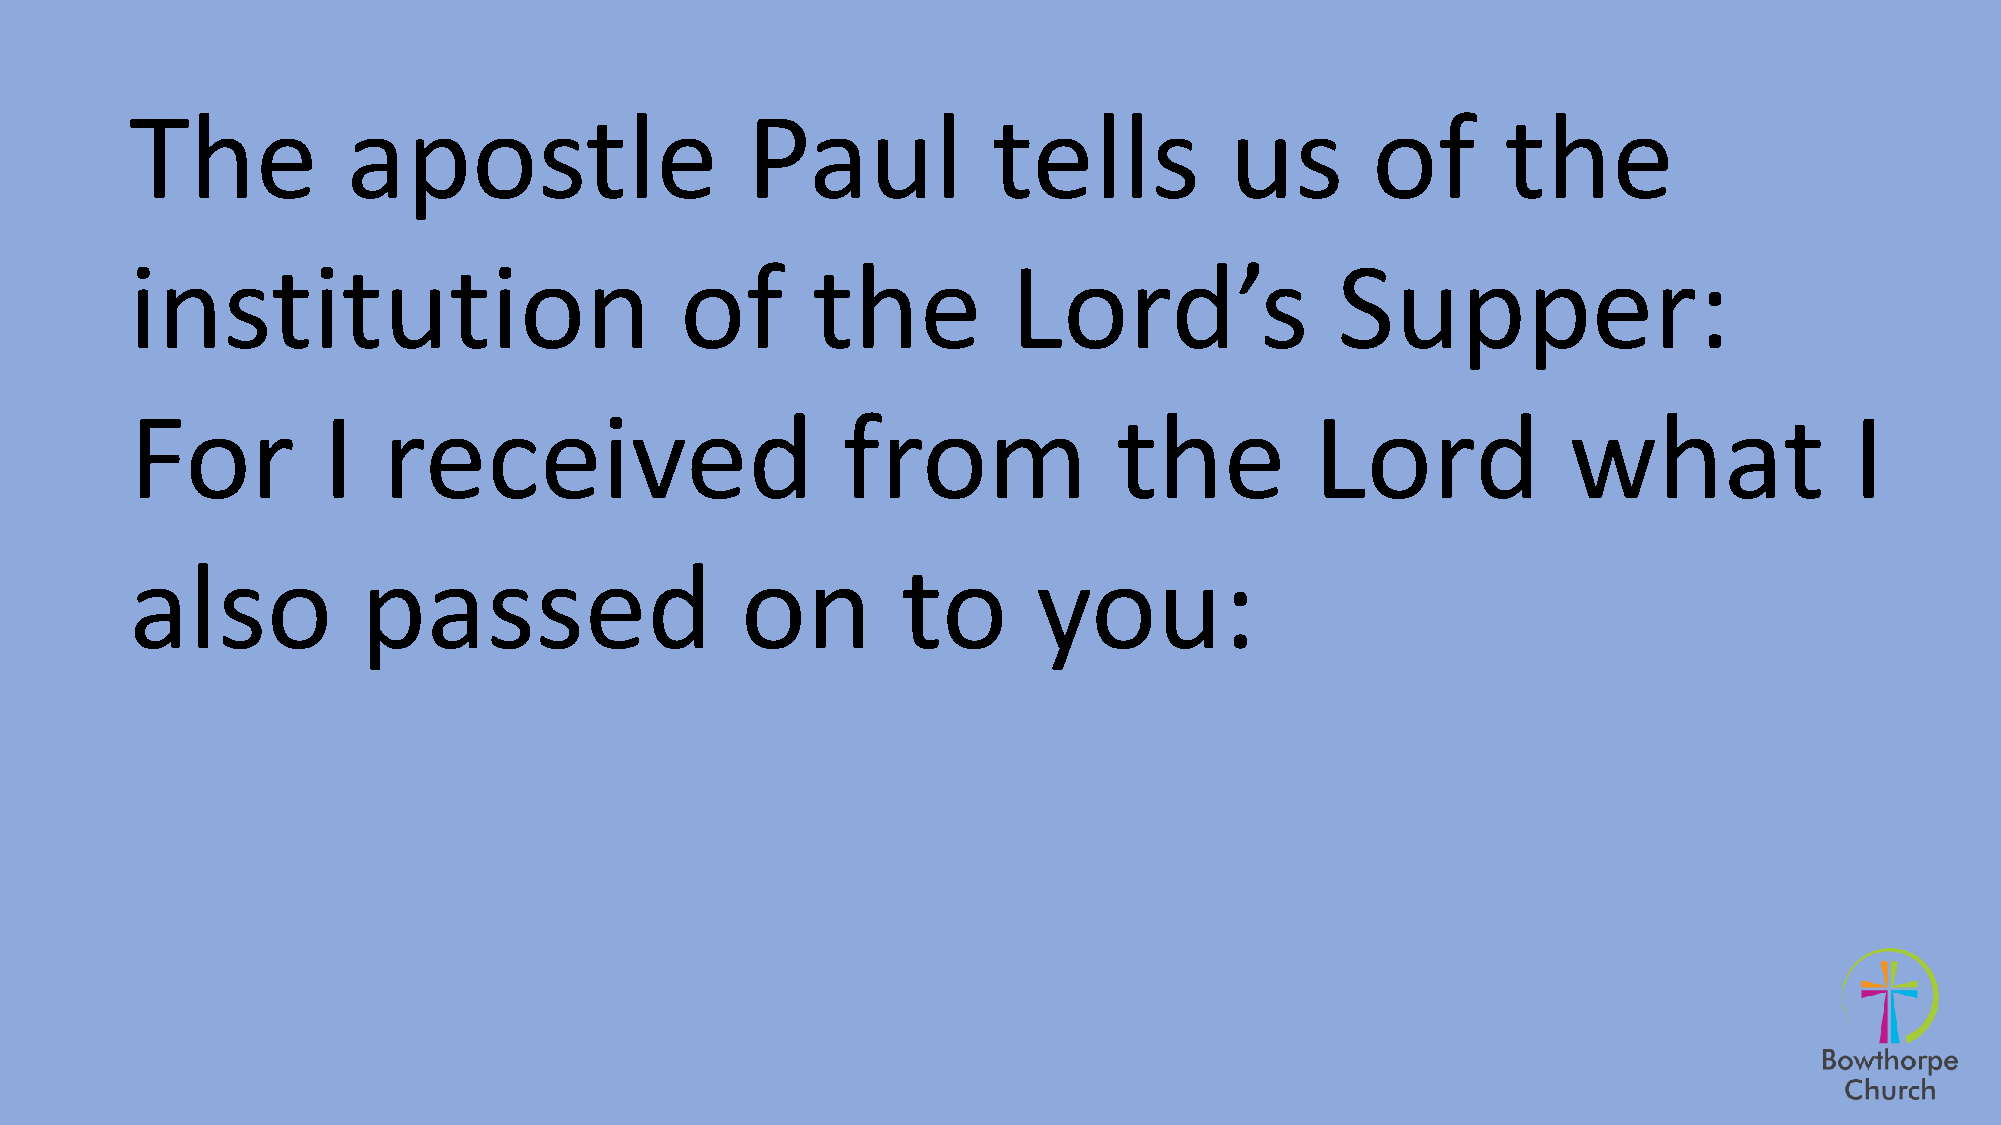
The           apostle                   Paul             tells          us        of       the
 institution                         of       the          Lord’s               Supper:
 For         I   received                       from              the          Lord             what               I
 also           passed                   on         to       you: